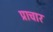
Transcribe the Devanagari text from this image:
प्राचार